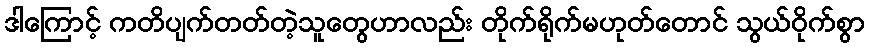
ဒါကြောင့် ကတိပျက်တတ်တဲ့သူတွေဟာလည်း တိုက်ရိုက်မဟုတ်တောင် သွယ်ဝိုက်စွာ